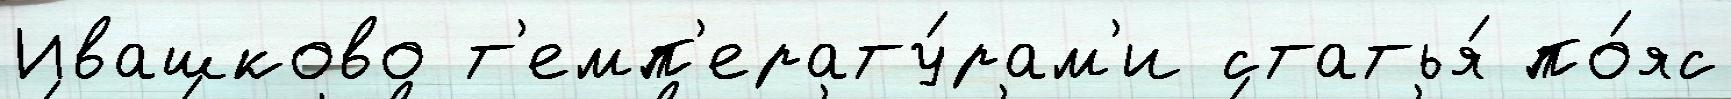
Ивашково т'емп'ерату́рам'и статья́ по́яс